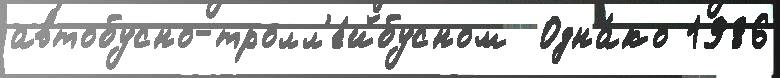
автобусно-тролл'е́йбусном  Одна́ко 1986